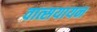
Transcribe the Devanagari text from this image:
वात्सयायन